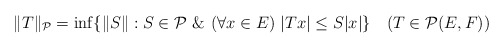
\begin{align*} \|T\|_{{\cal P}}= \inf\{\|S\|: S\in{\cal P}\ \&\ (\forall x\in E)\ |Tx|\le S|x|\} \ \ \ (T\in{\cal P}(E,F))\end{align*}